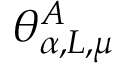
\theta _ { \alpha , L , \mu } ^ { A }